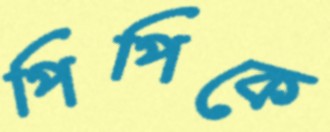
পিপিকে